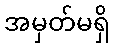
အမှတ်မရှိ